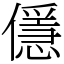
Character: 㒚